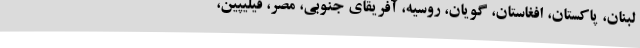
لبنان، پاکستان، افغاستان، گویان، روسیه، آفریقای جنوبی، مصر، فیلیپین،